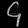
Digit: ၄